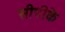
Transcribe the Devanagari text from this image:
सीपीके